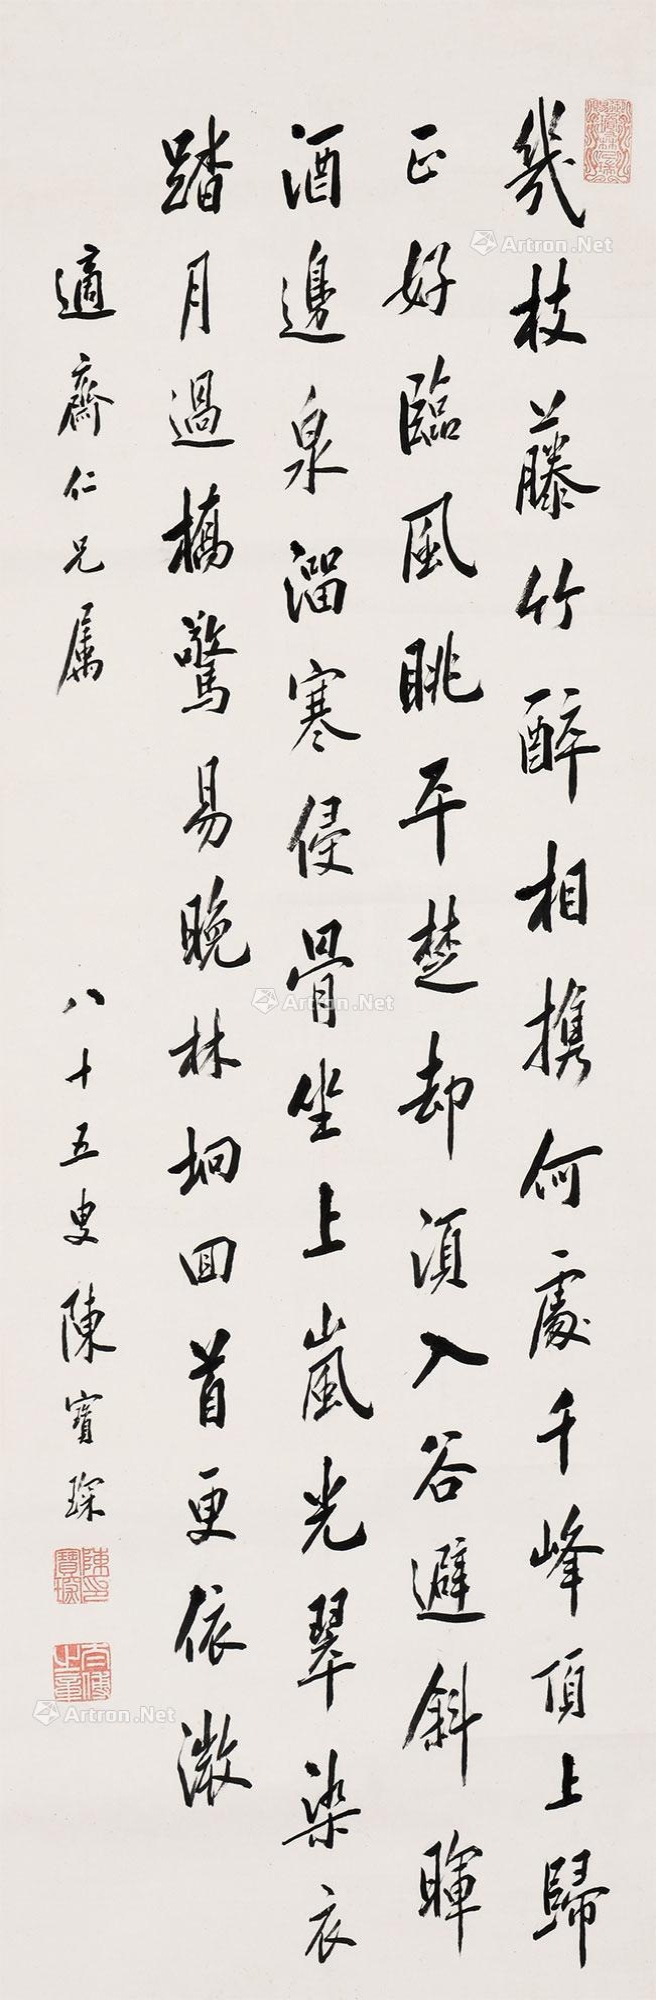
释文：几枝藤竹醉相携，何处千峰顶上归。正好临风眺平野，却须入谷避斜晖。酒边泉溜寒侵骨，坐上岚风翠染衣。踏月过桥惊易晚，林坰回首更依微。适斋仁兄属，八十五叟陈宝琛。